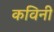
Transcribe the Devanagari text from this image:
कविनी